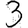
Digit: 3